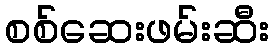
စစ်ဆေးဖမ်းဆီး